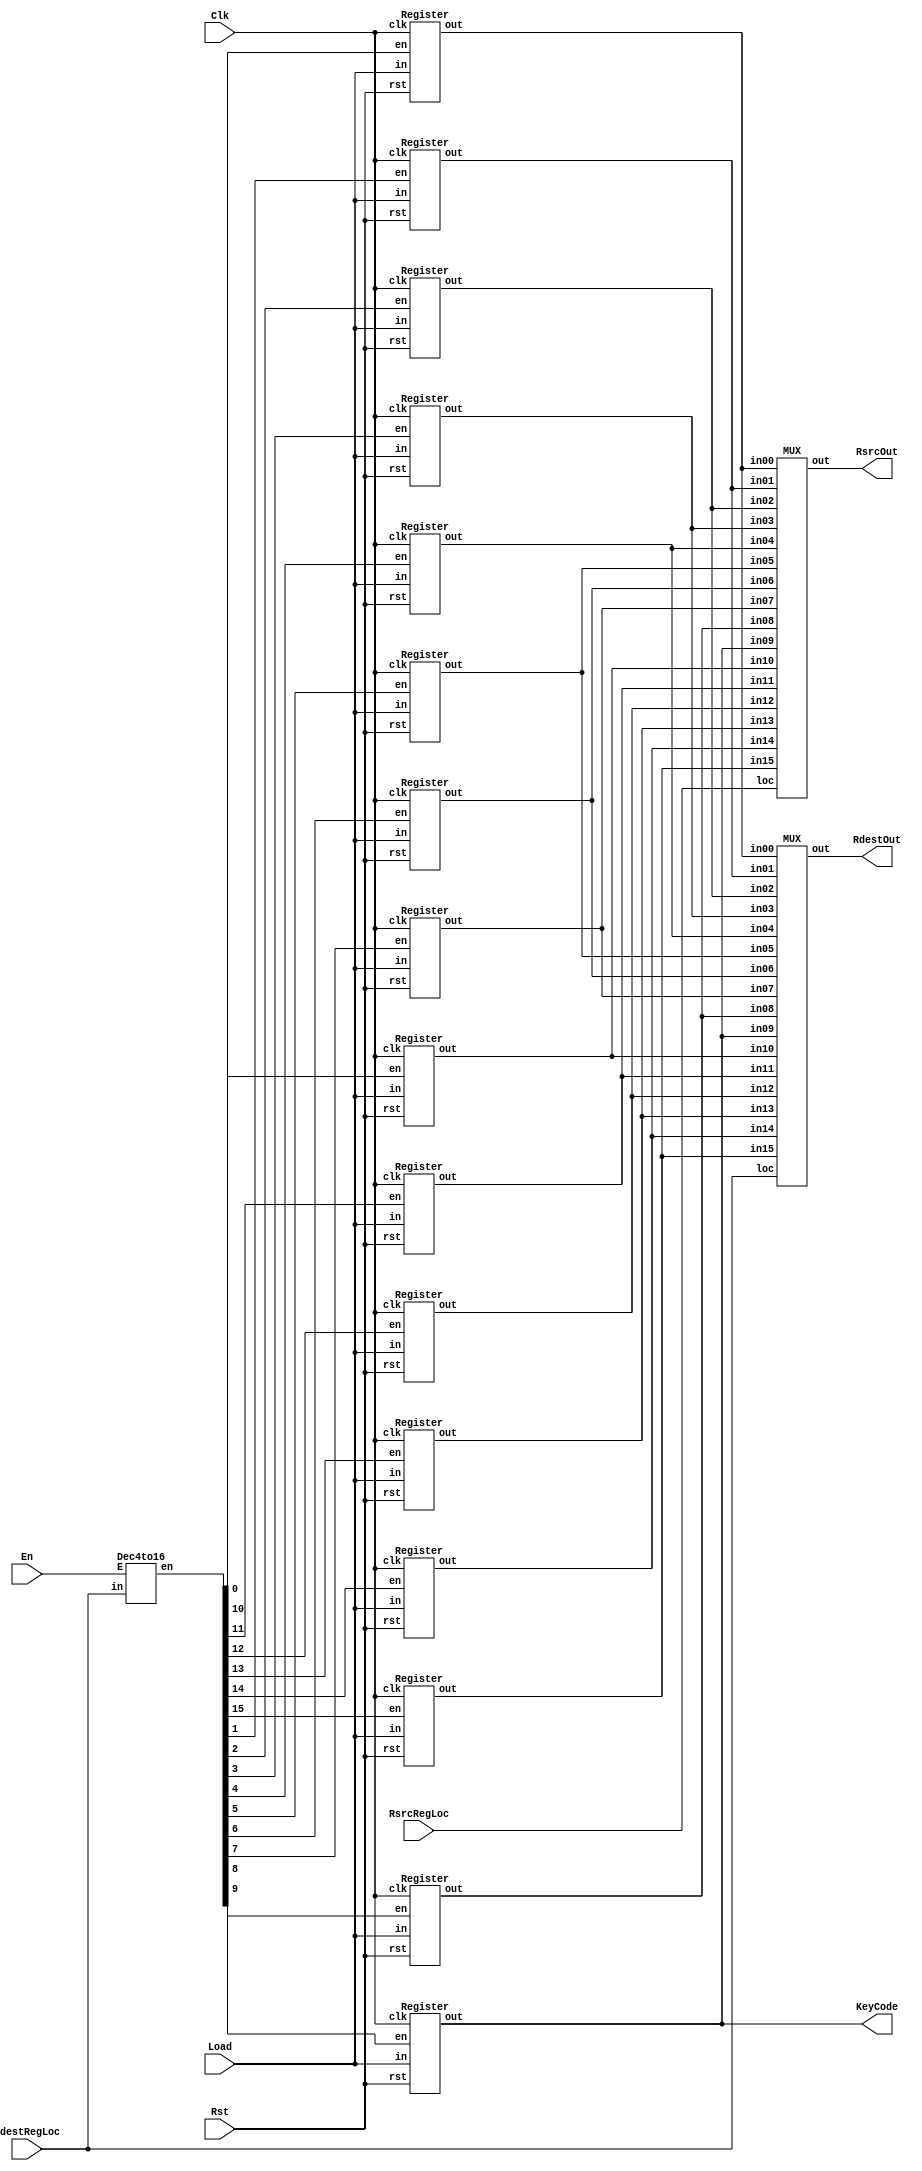
module RegFile (RdestRegLoc, RsrcRegLoc, Clk, En, Rst, Load, RdestOut, RsrcOut, KeyCode);
	input [3:0] RdestRegLoc, RsrcRegLoc;
	input Clk, En, Rst;
	input [15:0] Load;
	
	output [15:0] RdestOut, RsrcOut;
	output [15:0] KeyCode;
	
	
	parameter reg00 = 4'b0000;
	parameter reg01 = 4'b0001;
	parameter reg02 = 4'b0010;
	parameter reg03 = 4'b0011;
	parameter reg04 = 4'b0100;
	parameter reg05 = 4'b0101;
	parameter reg06 = 4'b0110;
	parameter reg07 = 4'b0111;
	parameter reg08 = 4'b1000;
	parameter reg09 = 4'b1001;
	parameter reg10 = 4'b1010;
	parameter reg11 = 4'b1011;
	parameter reg12 = 4'b1100;
	parameter reg13 = 4'b1101;
	parameter reg14 = 4'b1110;
	parameter reg15 = 4'b1111;
	
	wire [15:0] Out[15:0], enable;
	
	Dec4to16 decoder(
		.in(RdestRegLoc),
		.E(En),
		.en(enable)
	);
	
	genvar i;
	generate
	for (i = 0; i < 16; i = i + 1)
		begin:registerForLoop
			Register register (
				.in(Load),
				.clk(Clk),
				.en(enable[i]),
				.rst(Rst),
				.out(Out[i])
			);
		end
	endgenerate
	
	MUX RdestMux (
		.in00(Out[0]),
		.in01(Out[1]),
		.in02(Out[2]),
		.in03(Out[3]),
		.in04(Out[4]),
		.in05(Out[5]),
		.in06(Out[6]),
		.in07(Out[7]),
		.in08(Out[8]),
		.in09(Out[9]),
		.in10(Out[10]),
		.in11(Out[11]),
		.in12(Out[12]),
		.in13(Out[13]),
		.in14(Out[14]),
		.in15(Out[15]),
		.loc(RdestRegLoc),
		.out(RdestOut)
	);
	
	MUX RsrcMux (
		.in00(Out[0]),
		.in01(Out[1]),
		.in02(Out[2]),
		.in03(Out[3]),
		.in04(Out[4]),
		.in05(Out[5]),
		.in06(Out[6]),
		.in07(Out[7]),
		.in08(Out[8]),
		.in09(Out[9]),
		.in10(Out[10]),
		.in11(Out[11]),
		.in12(Out[12]),
		.in13(Out[13]),
		.in14(Out[14]),
		.in15(Out[15]),
		.loc(RsrcRegLoc),
		.out(RsrcOut)
	);
	
	assign KeyCode = Out[9];
endmodule 


module Register(in, clk, en, rst, out);
	input [15:0] in;
	input clk, en, rst;
	
	output reg [15:0] out;
	
	always @(negedge rst, posedge clk) begin
		if (rst == 0)
			out <= 16'b0;
		
		else begin
			if (en)
				out <= in;
			else
				out <= out;
		end
	end
endmodule 


module Dec4to16(in, E, en);
	input [3:0] in;
	input E;
	output [15:0] en;
	
	assign en[0]  = ~in[3] & ~in[2] & ~in[1] & ~in[0] & E;
	assign en[1]  = ~in[3] & ~in[2] & ~in[1] &  in[0] & E;
	assign en[2]  = ~in[3] & ~in[2] &  in[1] & ~in[0] & E;
	assign en[3]  = ~in[3] & ~in[2] &  in[1] &  in[0] & E;
	assign en[4]  = ~in[3] &  in[2] & ~in[1] & ~in[0] & E;
	assign en[5]  = ~in[3] &  in[2] & ~in[1] &  in[0] & E;
	assign en[6]  = ~in[3] &  in[2] &  in[1] & ~in[0] & E;
	assign en[7]  = ~in[3] &  in[2] &  in[1] &  in[0] & E;
	assign en[8]  =  in[3] & ~in[2] & ~in[1] & ~in[0] & E;
	assign en[9]  =  in[3] & ~in[2] & ~in[1] &  in[0] & E;
	assign en[10] =  in[3] & ~in[2] &  in[1] & ~in[0] & E;
	assign en[11] =  in[3] & ~in[2] &  in[1] &  in[0] & E;
	assign en[12] =  in[3] &  in[2] & ~in[1] & ~in[0] & E;
	assign en[13] =  in[3] &  in[2] & ~in[1] &  in[0] & E;
	assign en[14] =  in[3] &  in[2] &  in[1] & ~in[0] & E;
	assign en[15] =  in[3] &  in[2] &  in[1] &  in[0] & E;
endmodule

module MUX(in00, in01, in02, in03, in04, in05, in06, in07, in08, in09, in10, in11, in12, in13, in14, in15, loc, out);
	input [15:0] in00, in01, in02, in03, in04, in05, in06, in07, in08, in09, in10, in11, in12, in13, in14, in15;
	input [3:0] loc;
	
	output [15:0] out;
	
	assign out = (loc == 4'b0000) ? in00 :
					 (loc == 4'b0001) ? in01 :
					 (loc == 4'b0010) ? in02 :
					 (loc == 4'b0011) ? in03 :
					 (loc == 4'b0100) ? in04 :
					 (loc == 4'b0101) ? in05 :
					 (loc == 4'b0110) ? in06 :
					 (loc == 4'b0111) ? in07 :
					 (loc == 4'b1000) ? in08 :
					 (loc == 4'b1001) ? in09 :
					 (loc == 4'b1010) ? in10 :
					 (loc == 4'b1011) ? in11 :
					 (loc == 4'b1100) ? in12 :
					 (loc == 4'b1101) ? in13 :
					 (loc == 4'b1110) ? in14 :
					 (loc == 4'b1111) ? in15 : 16'bx;
					 
endmodule